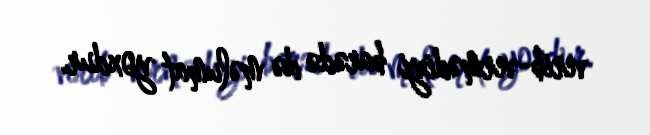
verib-vermədiyi barədə də məlumat yoxdur.